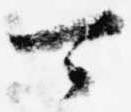
可